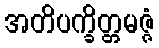
အတိပက္ခိတ္တမဇ္ဇံ